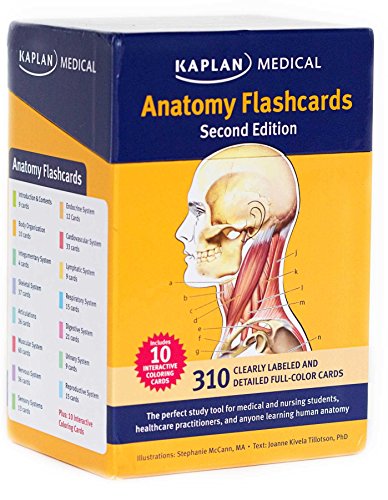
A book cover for Anatomy Flashcards; Joanne Tillotson; Medical Books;